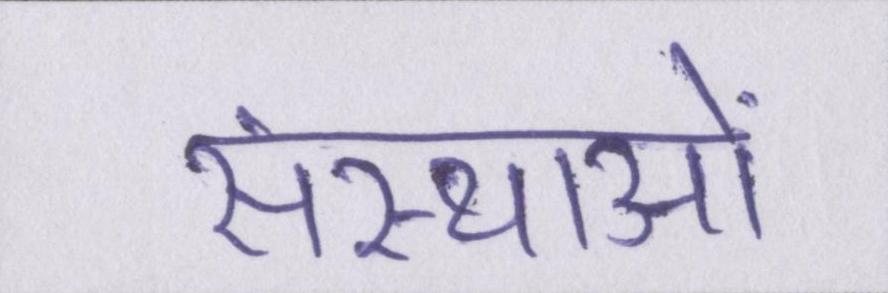
संस्थाओं